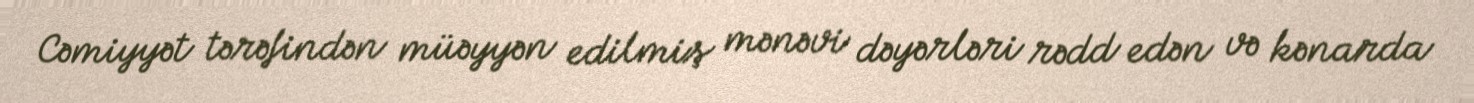
Cəmiyyət tərəfindən müəyyən edilmiş mənəvi dəyərləri rədd edən və kənarda